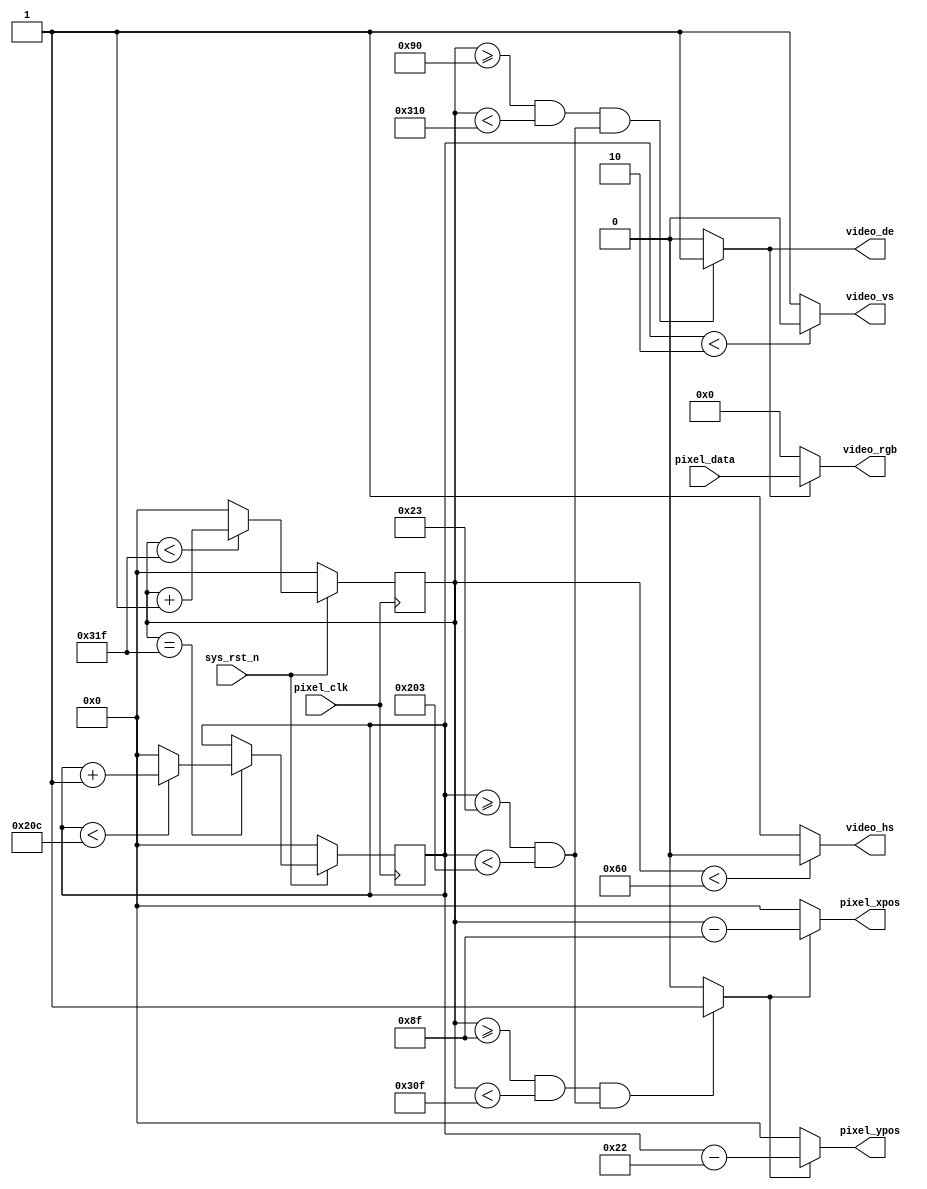
//****************************************Copyright (c)***********************************//
//www.yuanzige.com
//www.openedv.com
//http://openedv.taobao.com
//""ZYNQ & FPGA & STM32 & LINUX
//
//Copyright(C)  2018-2028
//All rights reserved
//----------------------------------------------------------------------------------------
// File name:           video_driver
// Last modified Date:  2020/05/04 9:19:08
// Last Version:        V1.0
// Descriptions:        HDMI
//                      
//----------------------------------------------------------------------------------------
// Created by:          
// Created date:        2019/05/04 9:19:08
// Version:             V1.0
// Descriptions:        The original version
//
//----------------------------------------------------------------------------------------
//****************************************************************************************//

module video_driver(
    input           pixel_clk,
    input           sys_rst_n,
    
    //RGB
    output          video_hs,     //
    output          video_vs,     //
    output          video_de,     //
    output  [15:0]  video_rgb,    //RGB888
    
    input   [15:0]  pixel_data,   //
    output  [10:0]  pixel_xpos,   //
    output  [10:0]  pixel_ypos    //
 );

//parameter define

//1024*768 ,60fps
/*
parameter  H_SYNC   =  11'd136;  //
parameter  H_BACK   =  11'd160;  //
parameter  H_DISP   =  11'd1024; //
parameter  H_FRONT  =  11'd24;   //
parameter  H_TOTAL  =  11'd1344; //

parameter  V_SYNC   =  11'd6;    //
parameter  V_BACK   =  11'd29;   //
parameter  V_DISP   =  11'd768;  //
parameter  V_FRONT  =  11'd3;    //
parameter  V_TOTAL  =  11'd806;  //
*/

//640*480
parameter  H_SYNC   =  10'd96;    //
parameter  H_BACK   =  10'd48;    //
parameter  H_DISP   =  10'd640;   //
parameter  H_FRONT  =  10'd16;    //
parameter  H_TOTAL  =  10'd800;   //

parameter  V_SYNC   =  10'd2;     //
parameter  V_BACK   =  10'd33;    //
parameter  V_DISP   =  10'd480;   //
parameter  V_FRONT  =  10'd10;    //
parameter  V_TOTAL  =  10'd525;   //

//reg define
reg  [10:0]  cnt_h;
reg  [10:0]  cnt_v;

//wire define
wire        video_en;
wire        data_req;
wire [10:0] h_disp;
wire [10:0] v_disp;
//*****************************************************
//**                    main code
//*****************************************************

assign video_de  = video_en;

assign video_hs  = ( cnt_h < H_SYNC ) ? 1'b0 : 1'b1;  //
assign video_vs  = ( cnt_v < V_SYNC ) ? 1'b0 : 1'b1;  //

//RGB
assign video_en  = (((cnt_h >= H_SYNC+H_BACK) && (cnt_h < H_SYNC+H_BACK+H_DISP))
                 &&((cnt_v >= V_SYNC+V_BACK) && (cnt_v < V_SYNC+V_BACK+V_DISP)))
                 ?  1'b1 : 1'b0;

//RGB888
assign video_rgb = video_en ? pixel_data : 24'd0;

//
assign data_req = (((cnt_h >= H_SYNC+H_BACK-1'b1) && 
                    (cnt_h < H_SYNC+H_BACK+H_DISP-1'b1))
                  && ((cnt_v >= V_SYNC+V_BACK) && (cnt_v < V_SYNC+V_BACK+V_DISP)))
                  ?  1'b1 : 1'b0;

//
assign pixel_xpos = data_req ? (cnt_h - (H_SYNC + H_BACK - 1'b1)) : 11'd0;
assign pixel_ypos = data_req ? (cnt_v - (V_SYNC + V_BACK - 1'b1)) : 11'd0;

//
assign h_disp = H_DISP;
assign v_disp = V_DISP; 

//
always @(posedge pixel_clk ) begin
    if (!sys_rst_n)
        cnt_h <= 11'd0;
    else begin
        if(cnt_h < H_TOTAL - 1'b1)
            cnt_h <= cnt_h + 1'b1;
        else 
            cnt_h <= 11'd0;
    end
end

//
always @(posedge pixel_clk ) begin
    if (!sys_rst_n)
        cnt_v <= 11'd0;
    else if(cnt_h == H_TOTAL - 1'b1) begin
        if(cnt_v < V_TOTAL - 1'b1)
            cnt_v <= cnt_v + 1'b1;
        else 
            cnt_v <= 11'd0;
    end
end

endmodule